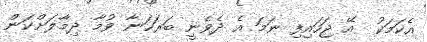
އެކަމަކު  އޭ ޖަހައިފި ނަމަ އެ ދެވެނީ ބަރަހަނާ ވުމާ ދިމާލަށްކަން